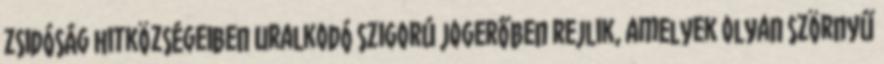
zsidóság hitközségeiben uralkodó szigorú jogerőben rejlik, amelyek olyan szörnyű